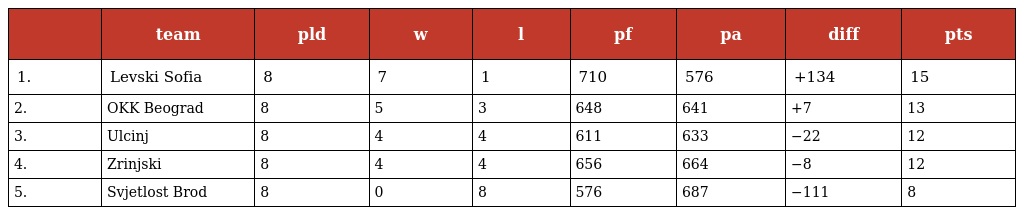
|  | team | pld | w | l | pf | pa | diff | pts |
 | --- | --- | --- | --- | --- | --- | --- | --- | --- |
 | 1. | Levski Sofia | 8 | 7 | 1 | 710 | 576 | +134 | 15 |
 | 2. | OKK Beograd | 8 | 5 | 3 | 648 | 641 | +7 | 13 |
 | 3. | Ulcinj | 8 | 4 | 4 | 611 | 633 | −22 | 12 |
 | 4. | Zrinjski | 8 | 4 | 4 | 656 | 664 | −8 | 12 |
 | 5. | Svjetlost Brod | 8 | 0 | 8 | 576 | 687 | −111 | 8 |